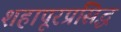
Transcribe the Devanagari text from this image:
शहापूरप्रसिद्ध